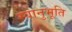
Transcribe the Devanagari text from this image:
स्‍वानुभूति